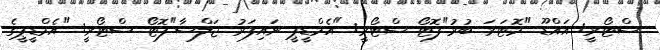
ސްޓޯރީ: އައްޑޫ "މޮޓަރަ ބުރު"ފޮޓޯ ސްޓޯރީ: "އެމްޑީޕީ ނައިފަރު ޖަލްސާ"ފޮޓޯ ސްޓޯރީ: "އެމްޑީޕީގެ